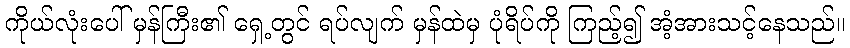
ကိုယ်လုံးပေါ် မှန်ကြီး၏ ရှေ့တွင် ရပ်လျက် မှန်ထဲမှ ပုံရိပ်ကို ကြည့်၍ အံ့အားသင့်နေသည်။